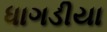
ધાગડીયા